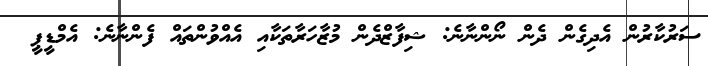
ސަރުކާރުން އެދިގެން ދެން ނޯންނާނެ: ޝިފާޒްދެން މުޒާހަރާތަކާއި އެއްވުންތައް ފެންނާނެ: އެމްޑީޕީ